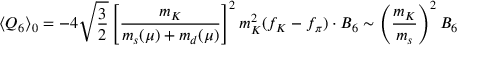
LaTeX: \langle Q _ { 6 } \rangle _ { 0 } = - 4 \sqrt { \frac { 3 } { 2 } } \left[ \frac { m _ { K } } { m _ { s } ( \mu ) + m _ { d } ( \mu ) } \right] ^ { 2 } m _ { K } ^ { 2 } ( f _ { K } - f _ { \pi } ) \cdot B _ { 6 } \sim \left( \frac { m _ { K } } { m _ { s } } \right) ^ { 2 } B _ { 6 }